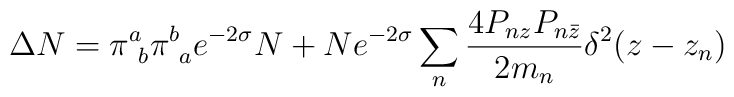
\Delta N= \pi^a_{\ b}\pi^b_{\ a}e^{-2\sigma}N + Ne^{-2\sigma}\sum_n\frac{4P_{nz} P_{n \bar z}}{2 m_n}\delta^2(z - z_n)